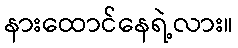
နားထောင်နေရဲ့လား။